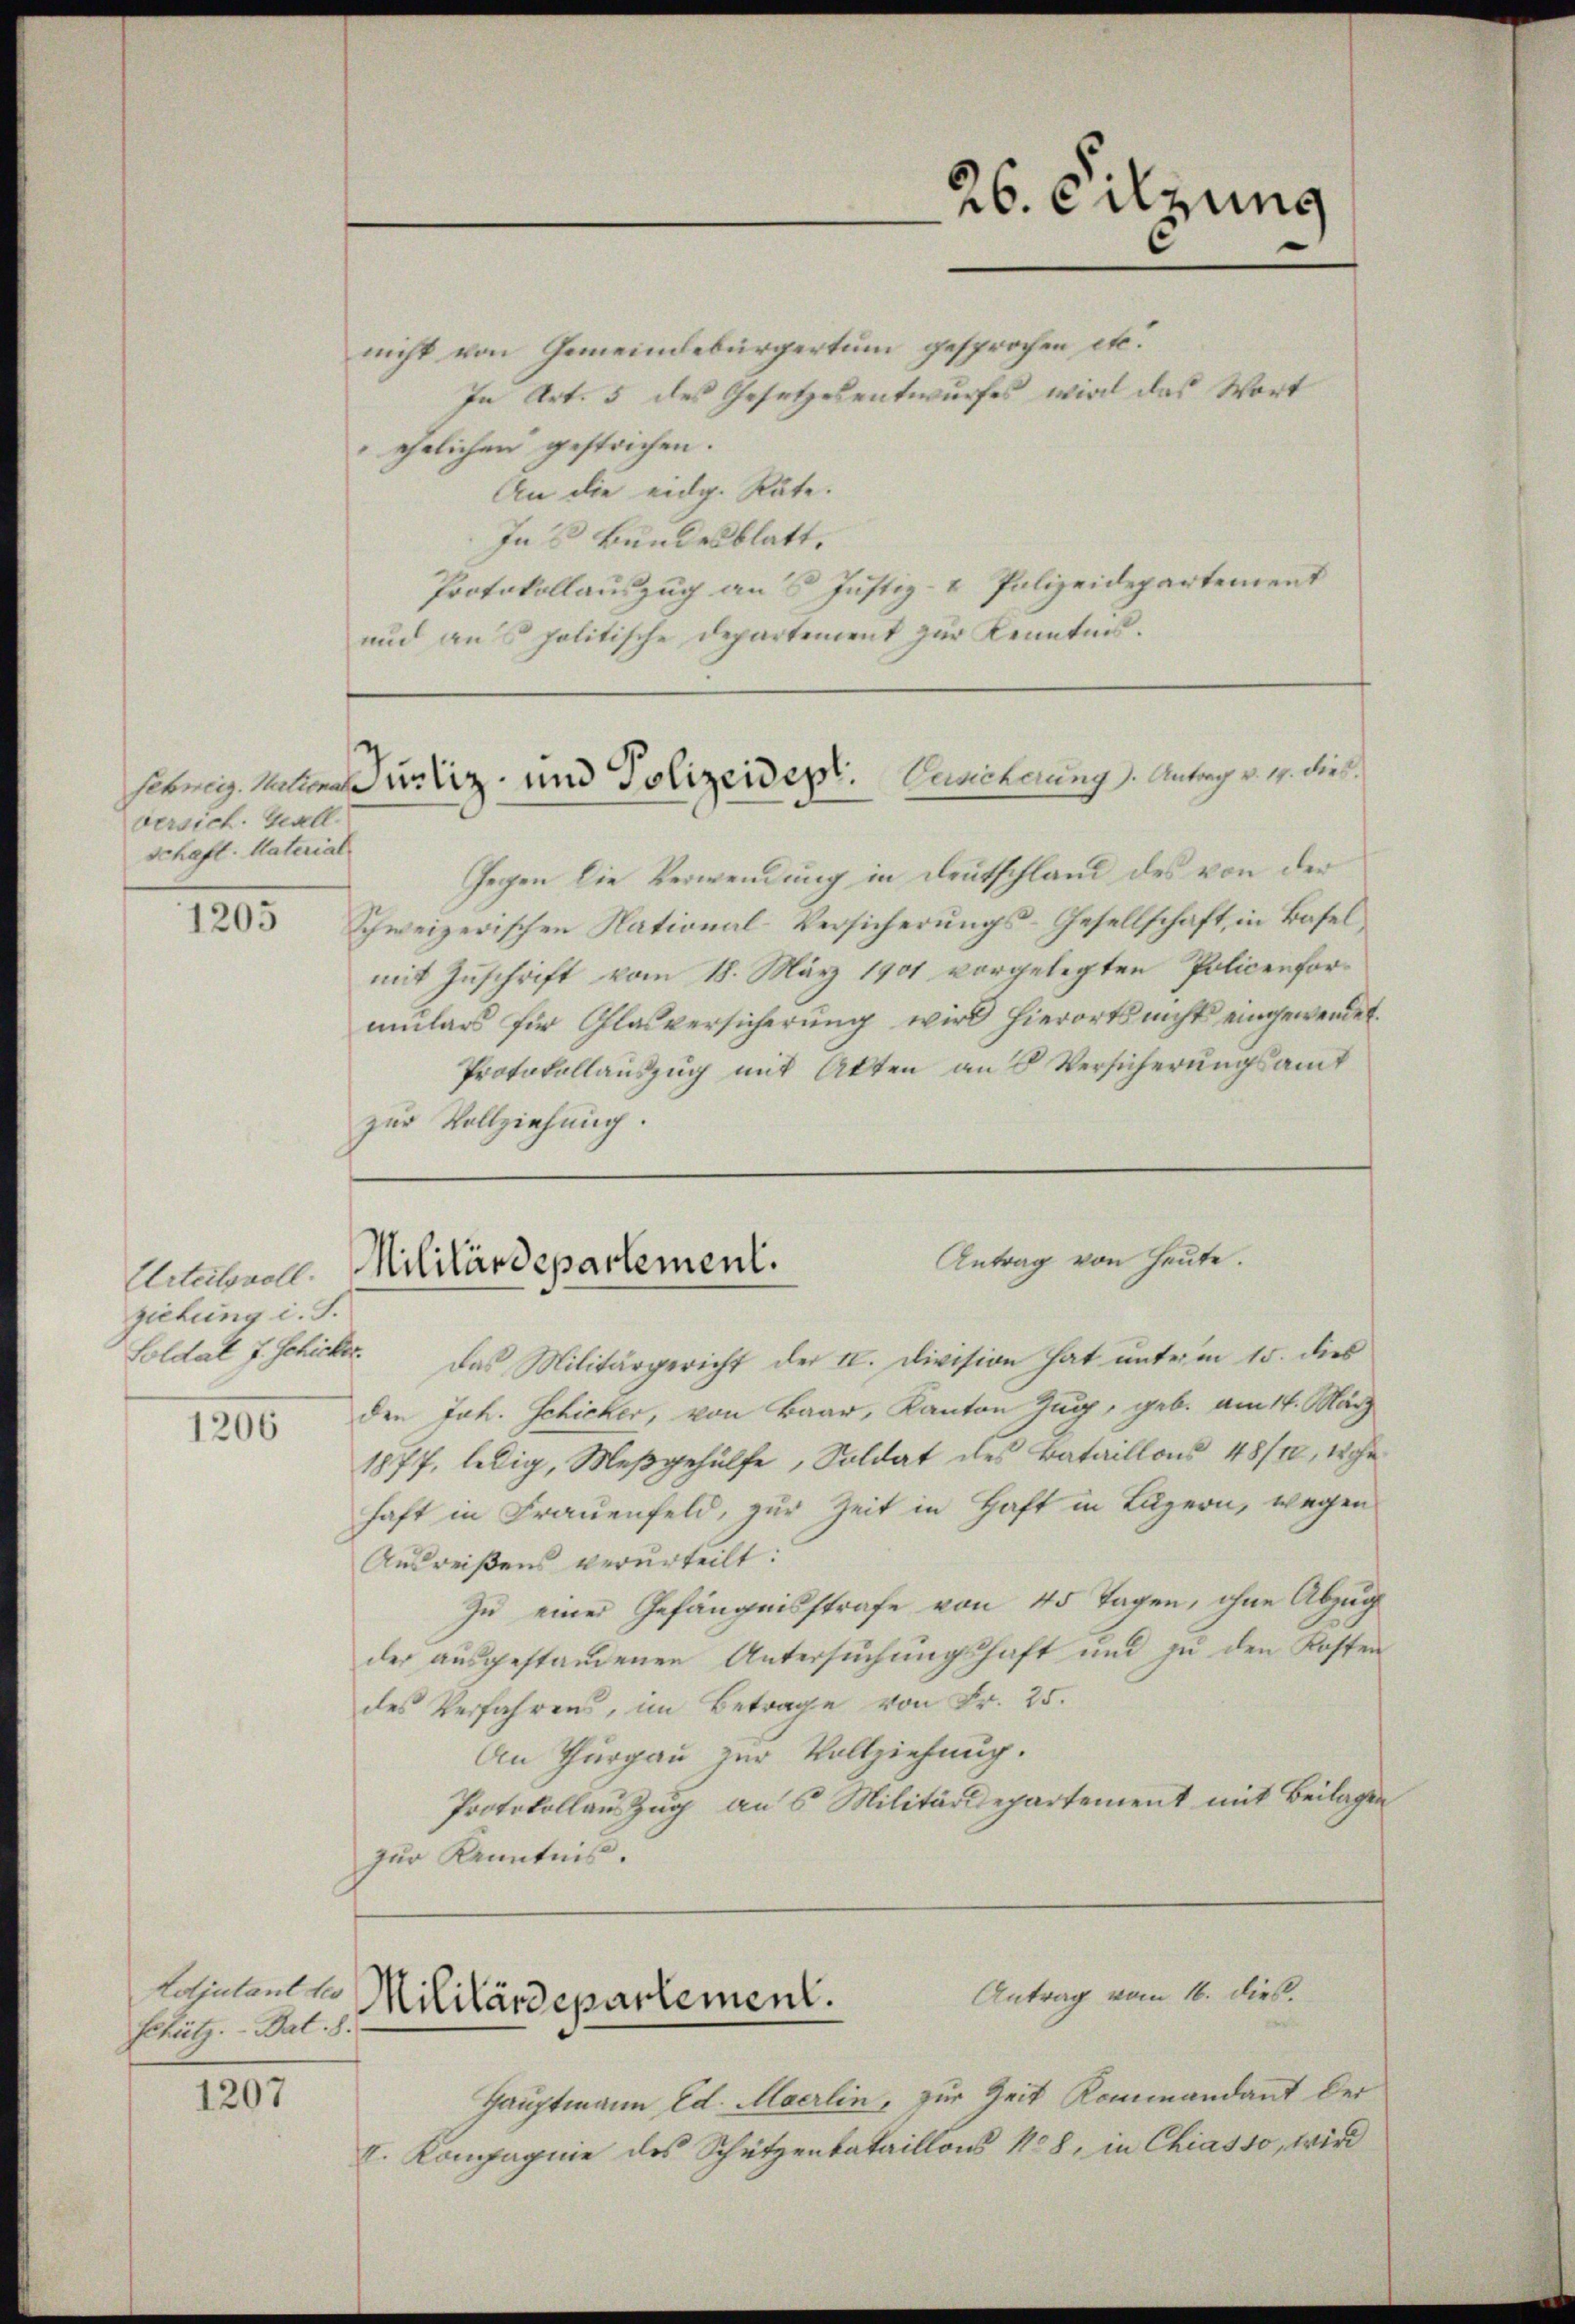
versich. Gesell
Schaft. Material

1205

Urteilsvoll.
ziehung i. S.

1206

Adjutant des
Schütz. — Bat. 8.

1207

nicht von Gemeindebürgertum gesprochen etc.
In Art. 5 des Gesetzesentwurfes wird das Wort
ehelichen gestochen.
An die eidg. Räte.
Ins Bundesblatt.
Protokollauszug an 5 Justiz- & Polizeidepartement
und ans politische Departement zur Kenntnis.

26. Filzuns

sebrig halter Justiz und Polizeidept. Luncherung). Antrag v. 17. Dieb

Gegen die Verwendung in Deutschland des von der
Schweizerischen National-Versicherungs-Gesellschaft, in Basel
mit Zuschrift vom 18. März 1901 vorgelegten Policenformulars für Glasversicherung wird hierorts nicht eingewendet.
Protokollauszug mit Akten an Versicherungsamt
zur Vollziehung.

Antrag von Heute.
Militärdepartement.

Soldat J. Schicker. Das Militärgericht der II. Division hat unterm 15. dies
den Joh. Schicker, von Baar, Kanton Zug, geb. am 14. März
1877, ledig, Meßgehülfe, Soldat des Bataillons 48/10, wohn
haft in Frauenfeld, zur Zeit in Haft in Luzern, wegen
Ausreißens verurteilt:
Zu einer Gefängnisstrafe von 45 Tagen, ohne Abzug
der ausgestandenen Untersuchungshaft und zu den Kosten
des Verfahrens, im Betrage von Fr. 25.
An Thurgau zur Vollziehung.
Protokollaus Zug an 5 Militärdepartement mit Beilagen
zur Kenntnis.

Antrag vom 16. dies.
Militärdepartement.

Hauptmann Ed. Maerlin, zur Zeit Kommandant der
V. Kompagnie des Schützenbataillons 128, in Chiasso, wird